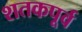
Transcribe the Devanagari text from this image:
शतकपूर्व